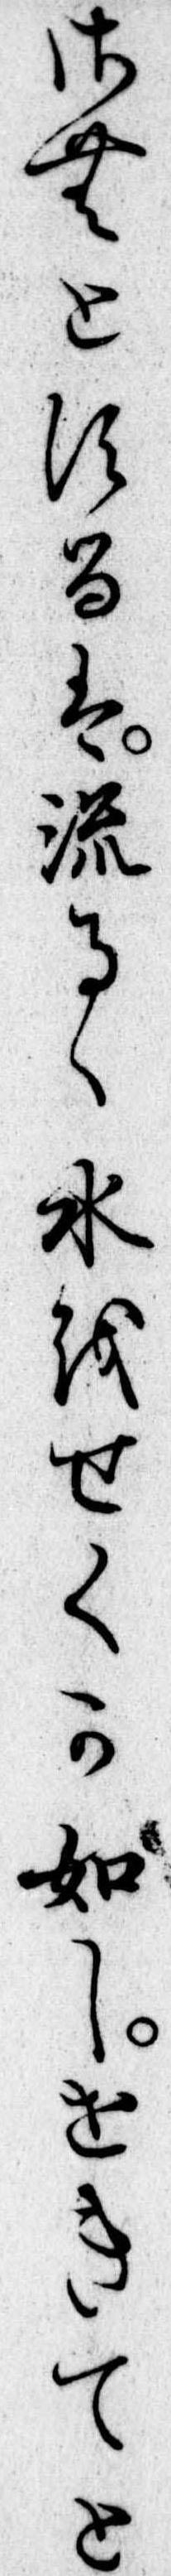
さむとするは流るゝ水をせくか如しせきてと